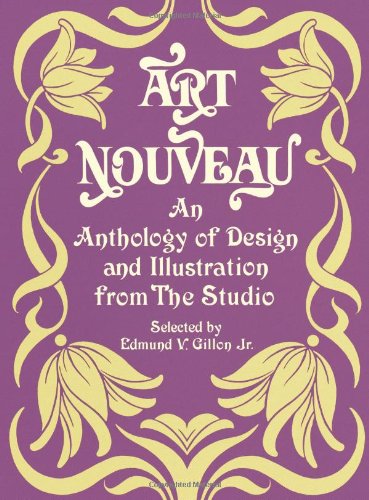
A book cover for Art Nouveau: An Anthology of Design and Illustration from "The Studio" (Dover Pictorial Archive); Arts & Photography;